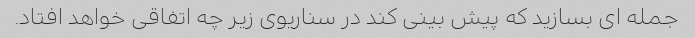
جمله ای بسازید که پیش بینی کند در سناریوی زیر چه اتفاقی خواهد افتاد.